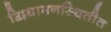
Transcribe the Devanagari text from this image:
द्विधामनस्थितीत